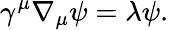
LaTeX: \gamma^{\mu}\nabla_{\mu}\psi=\lambda\psi.